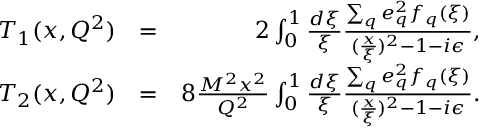
\begin{array} { r l r } { T _ { 1 } ( x , Q ^ { 2 } ) } & { = } & { 2 \int _ { 0 } ^ { 1 } \frac { d \xi } { \xi } \frac { \sum _ { q } e _ { q } ^ { 2 } f _ { q } ( \xi ) } { ( \frac { x } { \xi } ) ^ { 2 } - 1 - i \epsilon } , } \\ { T _ { 2 } ( x , Q ^ { 2 } ) } & { = } & { 8 \frac { M ^ { 2 } x ^ { 2 } } { Q ^ { 2 } } \int _ { 0 } ^ { 1 } \frac { d \xi } { \xi } \frac { \sum _ { q } e _ { q } ^ { 2 } f _ { q } ( \xi ) } { ( \frac { x } { \xi } ) ^ { 2 } - 1 - i \epsilon } . } \end{array}